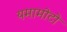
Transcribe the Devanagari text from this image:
यमामोटो